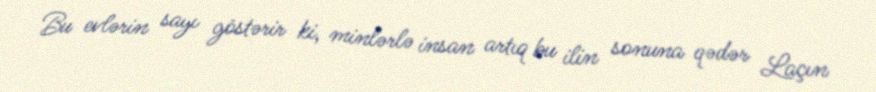
Bu evlərin sayı göstərir ki, minlərlə insan artıq bu ilin sonuna qədər Laçın